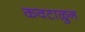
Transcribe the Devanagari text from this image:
कवटाळुन